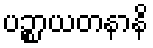
ပဉ္စာယတနာနိ